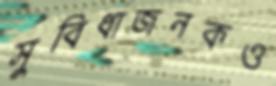
সুবিধাজনকও